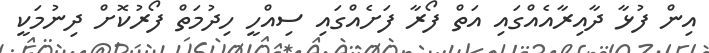
އިން ފުޅާ ދާއިރާއެއްގައި އަތް ފޯރާ ފަށެއްގައި ސިއްހީ ހިދުމަތް ފޯރުކޮށް ދިނުމަކީ